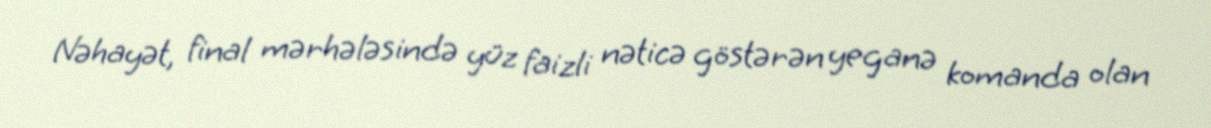
Nəhayət, final mərhələsində yüz faizli nəticə göstərən yeganə komanda olan